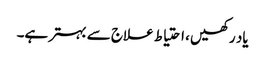
یاد رکھیں ، احتیاط علاج سے بہتر ہے۔